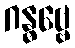
ဂန္ဓဗ္ဗေ